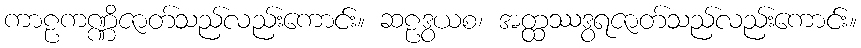
ကာဠကဏ္ဏိဇာတ်သည်လည်းကောင်း။ ဆဠဒွယစ၊ အတ္ထဿဒွရဇာတ်သည်လည်းကောင်း။